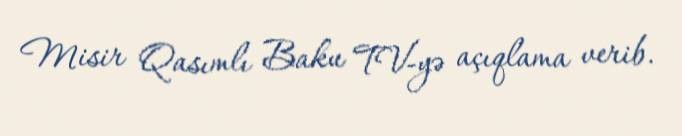
Misir Qasımlı Baku TV-yə açıqlama verib.